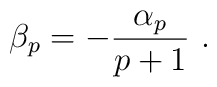
\beta_p = -\frac{\alpha_p}{p+1}\ .